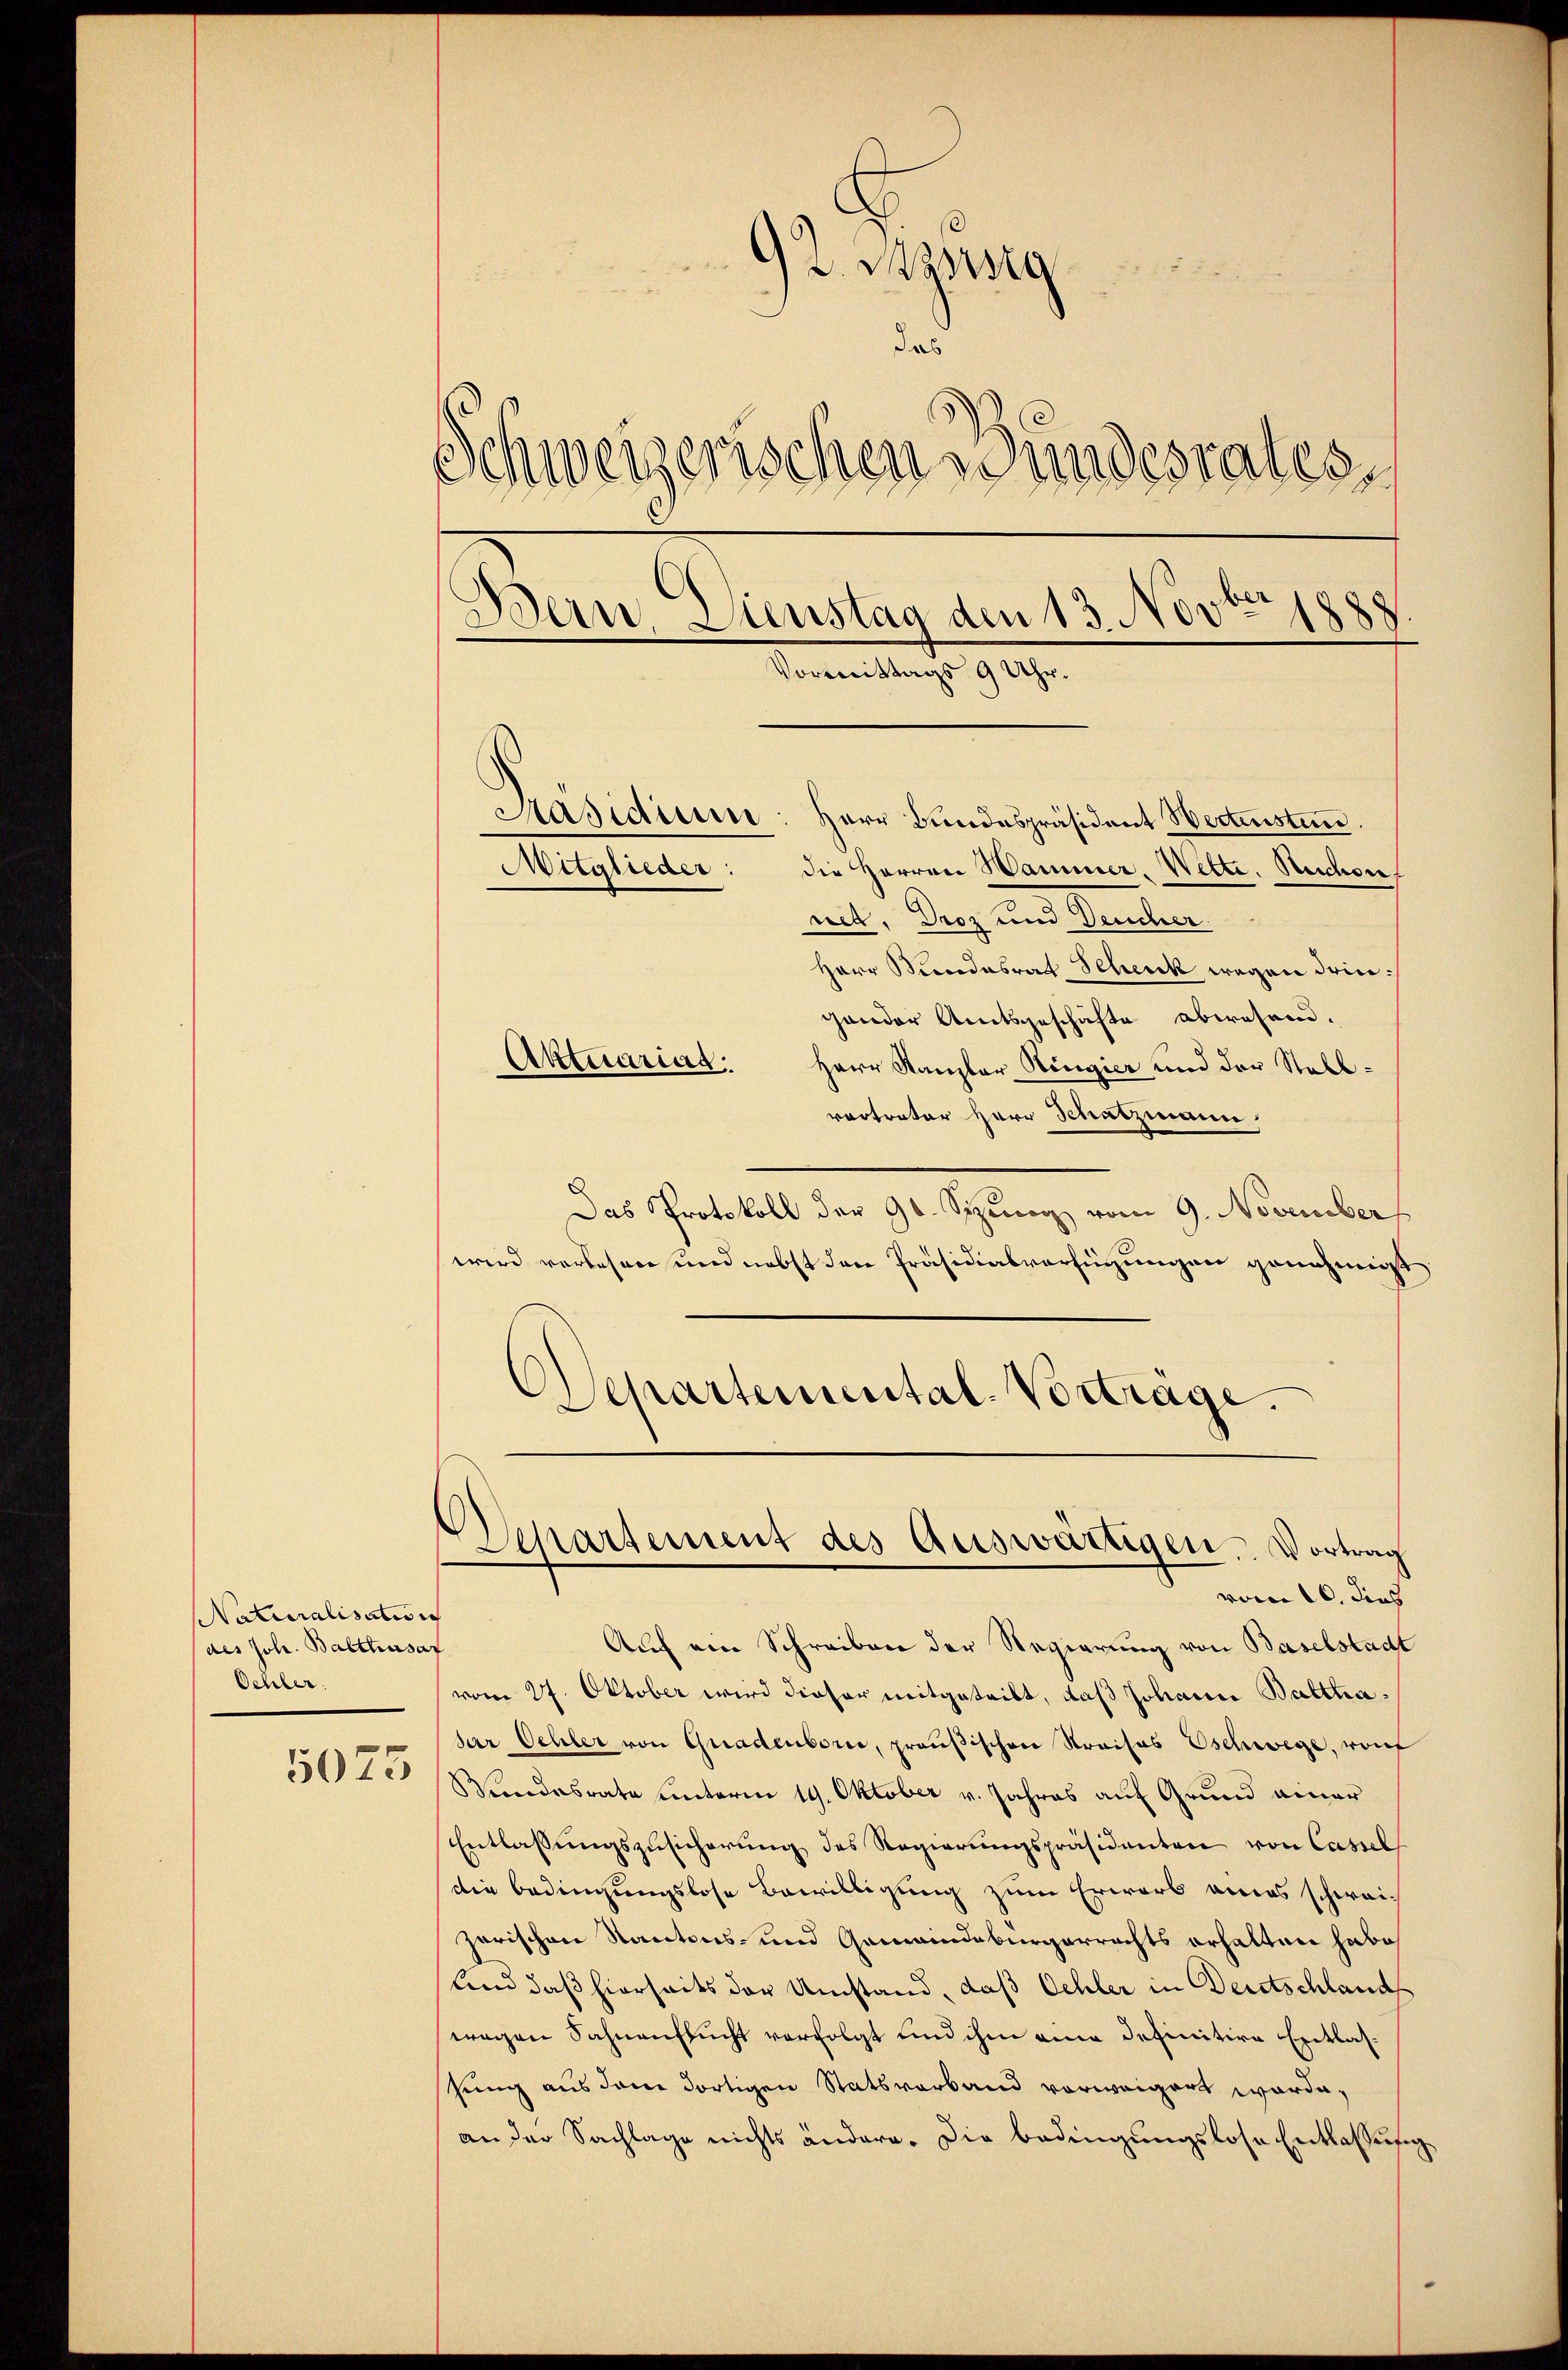
NNaturalisation
des Joh. Balthasar
Ochler.

5075

92. Ausweg
das
Schweizerischen Bundesrates,
Bern, Dienstag den 13. Nov. 1888
den
ittags 9 Uhr.

Päsidium: Herr Bundespräsident Wertensten.
die Herren Hammer. Wette. Reichen
net. Droz und Deucher
Herr Bundesrat Schenk wegen dringander Amtsgeschäfte abwesend.
Aktuarias. Herr Kanzler Ringier und der Stallvortreter Herr Schatzmann,
Das Protokoll der 96. Sizung vom 9. November
wird verlesen und nebst den Präsidialverfügungen genehmigt
Departemental-Vortrage.
Departement des Auswärtigen. Vortrag
vom 10. dies
Auf ein Schreiben der Regierung von Baselstadt
vom 27. Oktober wird dieser mitgeteilt, daß Johann Balthasar Oehler von Gnadenborne, preußischen Kraisos schwege, vonf
Wundesrate unterm 19. Oktober v. Jahres auf Grund einer
Entlassŭngszŭsicherŭng des Regierŭngspräsidenten von Cassel
Die Bedingungslose Bewilligung zum Erwarb eines schwei-
zerischen Kantons- und Gemeindebürgerrechts erhalten habe
Lnd daß hierseits der Umstand, daß Oehler in Deutschland
wegen Sahnen sucht verfolgt und ihm eine definitive Entlassung aus dem dortigen Statsverband vorweigert worde.
an der Sachlage nichts ändere. Die Bedingungslose Entlassung

Mitglieder: